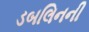
ડબલિનની